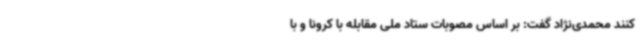
کنند محمدی‌نژاد گفت: بر اساس مصوبات ستاد ملی مقابله با کرونا و با